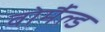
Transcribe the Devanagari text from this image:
वोर्मैल्ड